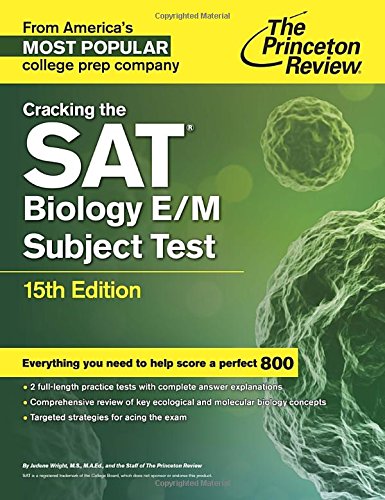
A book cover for Cracking the SAT Biology E/M Subject Test, 15th Edition (College Test Preparation); Princeton Review; Test Preparation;